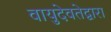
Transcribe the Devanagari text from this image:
वायुदेवतेद्वारा